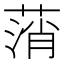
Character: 𦷟